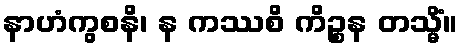
နာဟံကွစနိ၊ န ကဿစိ ကိဉ္စန တသ္မိံ။